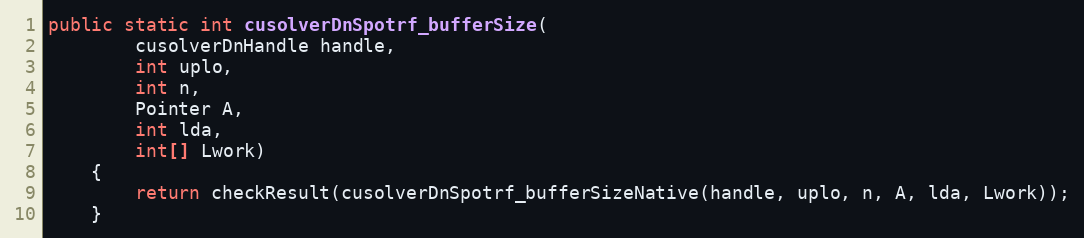
Language: Java
public static int cusolverDnSpotrf_bufferSize(
        cusolverDnHandle handle,
        int uplo,
        int n,
        Pointer A,
        int lda,
        int[] Lwork)
    {
        return checkResult(cusolverDnSpotrf_bufferSizeNative(handle, uplo, n, A, lda, Lwork));
    }